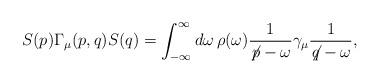
LaTeX: \begin{align*}S(p)\Gamma_\mu(p,q)S(q) = \int_{-\infty}^{\infty}d\omega \, \rho(\omega) \frac{1}{\not\!p - \omega} \gamma_\mu \frac{1}{\not\!q - \omega}, \end{align*}